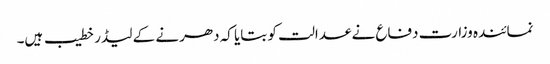
نمائندہ وزارت دفاع نے عدالت کو بتایا کہ دھرنے کے لیڈر خطیب ہیں۔